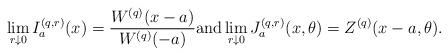
LaTeX: \begin{align*} \lim_{r \downarrow 0}I_a^{(q,r)} (x) = \frac {W^{(q)}(x-a)} {W^{(q)}(-a)} \textrm{and} \lim_{r \downarrow 0} J_a^{(q,r)}(x,\theta ) &=Z^{(q)}(x-a,\theta ). \end{align*}